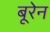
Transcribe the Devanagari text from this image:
बूरेन